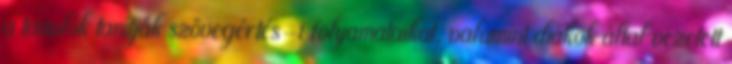
a tanulók tanítják szövegértés-i folyamataikat, valamint diákok által vezetett